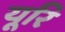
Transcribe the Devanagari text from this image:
यूरि